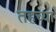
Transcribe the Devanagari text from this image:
तहच्या